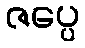
ဇပ္ပေ